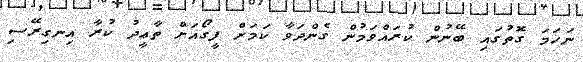
ނަހަމަ ގޮތުގައި ބޭނުން ކުރައްވަމުން ގެންދަވާ ކަމަށް ފީގޯއަށް ތާޢީދު ކުރާ އިނގިރޭސި